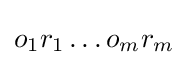
o_{1}r_{1}\ldots o_{m}r_{m}